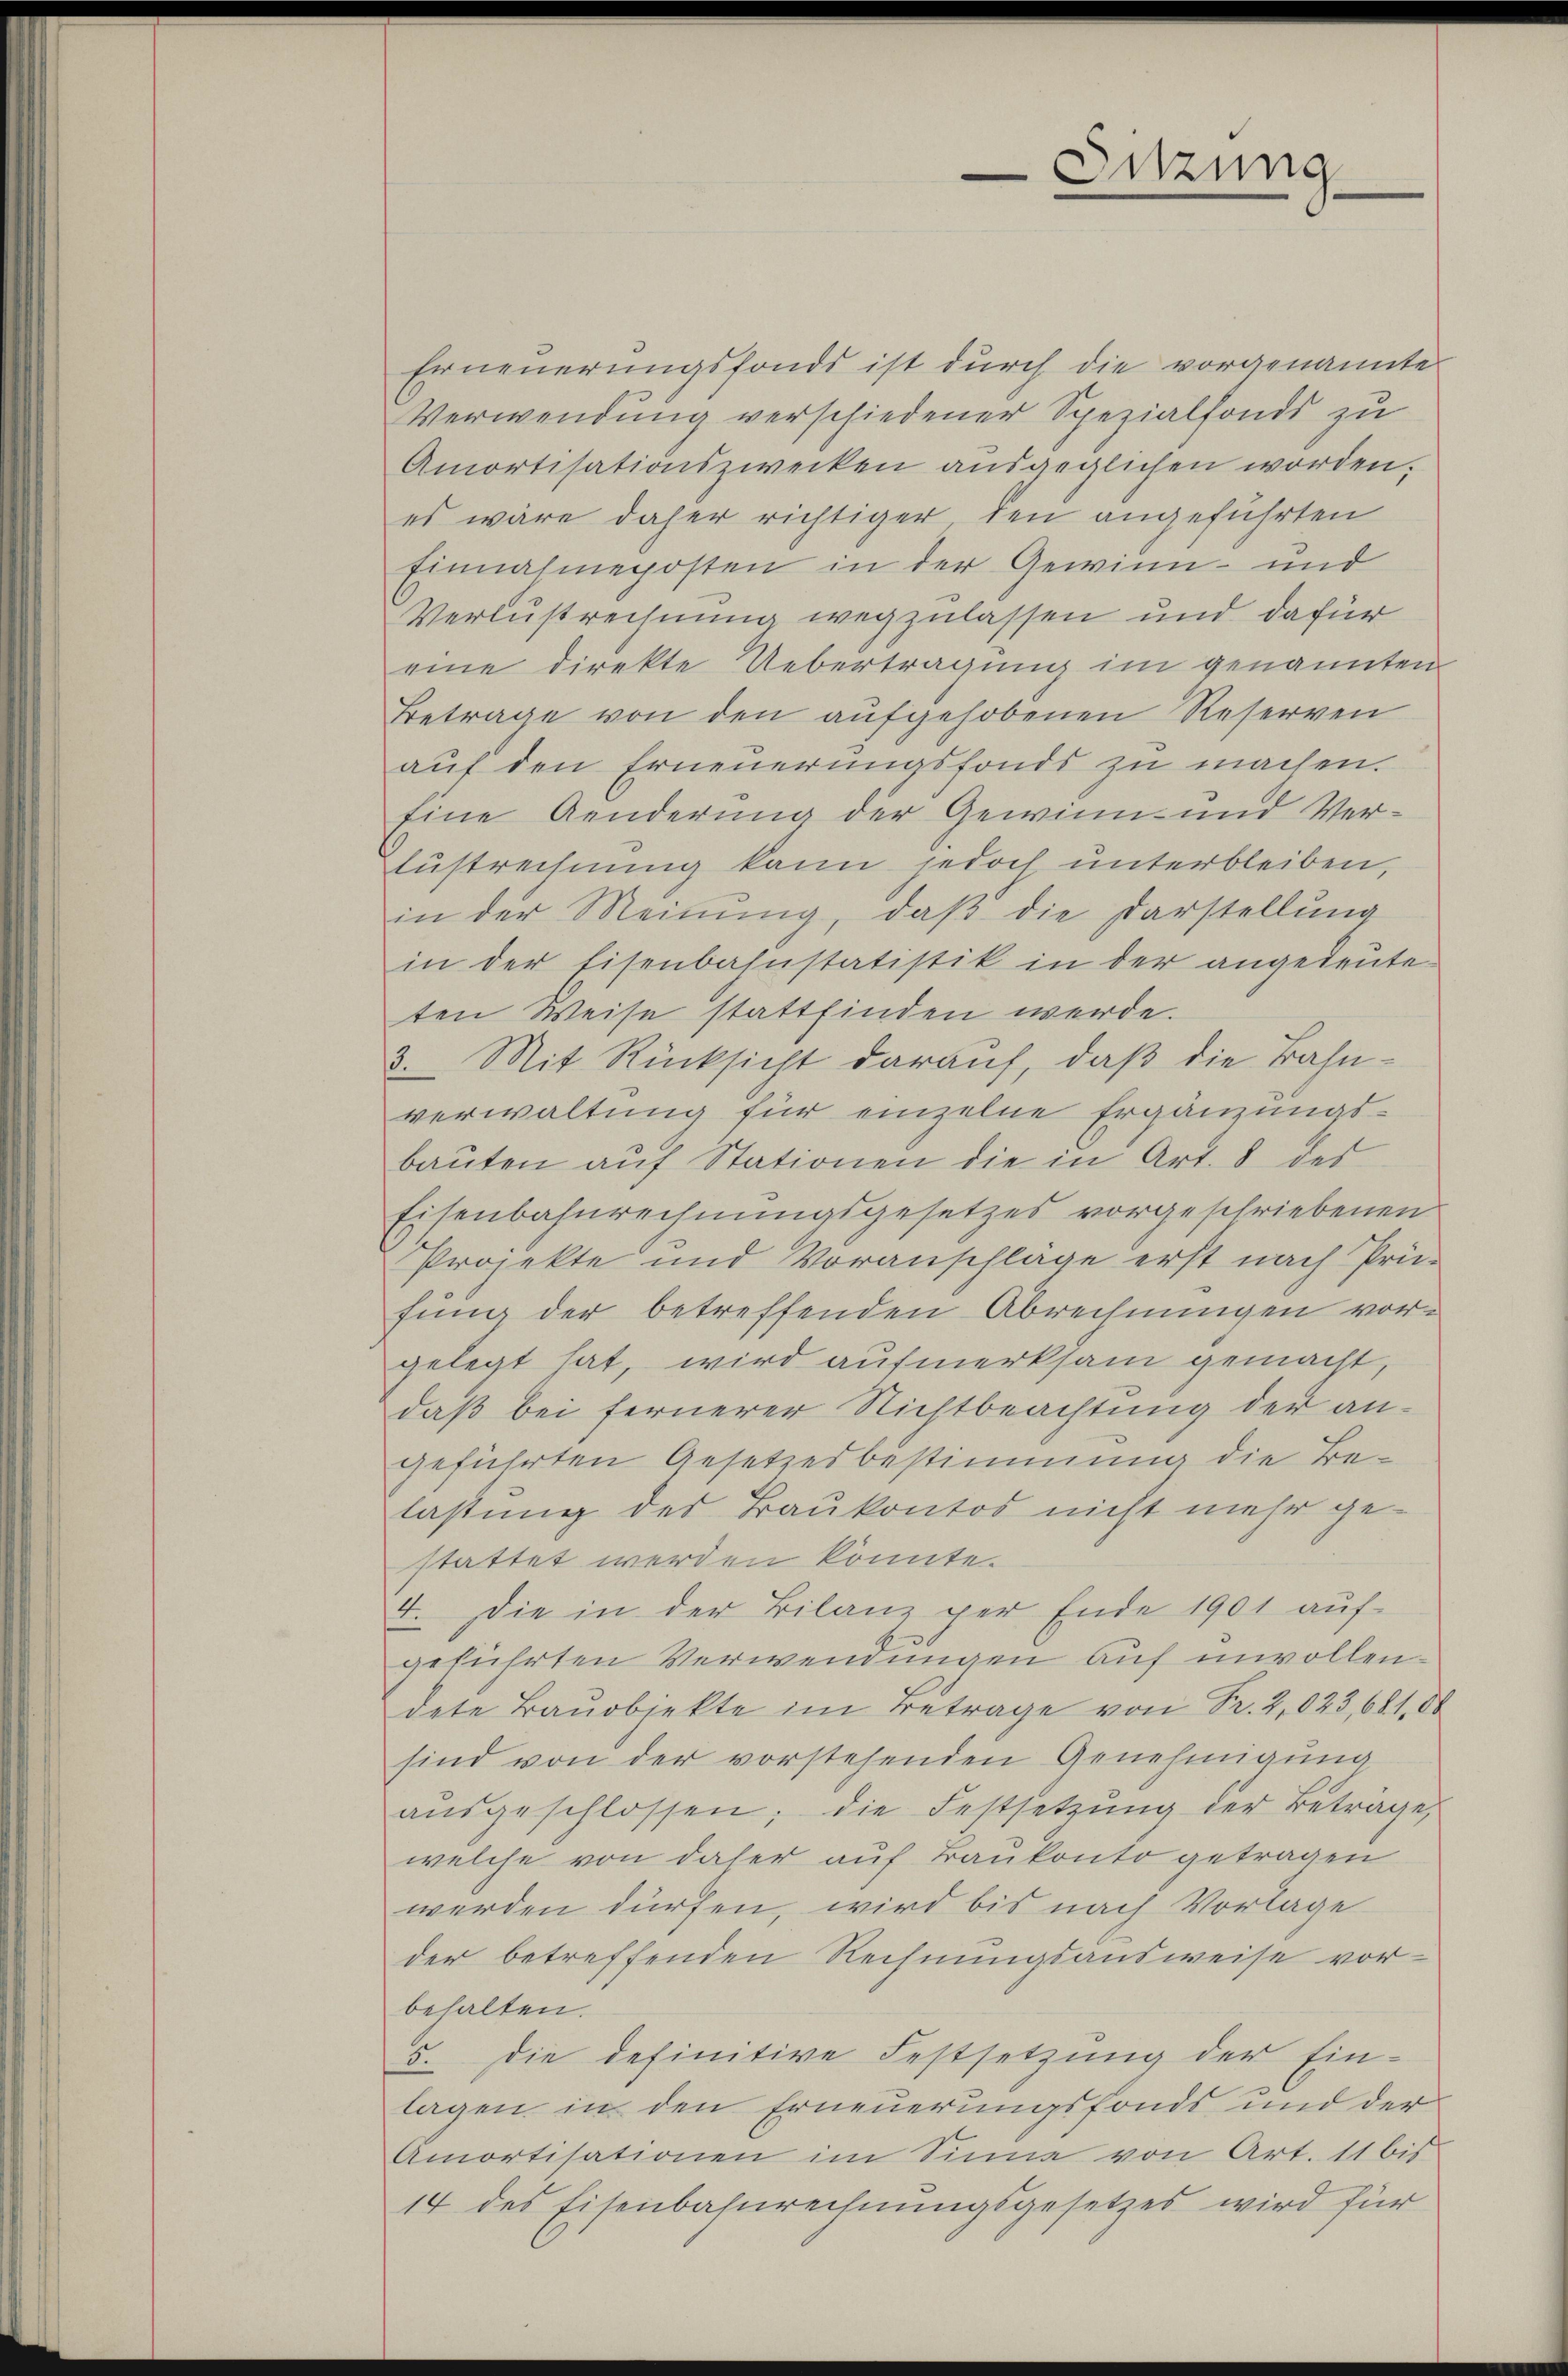
Erneuerungsfonds ist durch die vorgenannte
Verwendung verschiedener Spezialfonds zu
Amortisationszwecken ausgeglichen worden.
es wäre daher richtiger den angeführten
Einnahmeposten in der Gewinn- und
Verlustrechnung wegzulassen und dafür
eine direkte Uebertragung im genannten
Betrage von den aufgehobenen Reserven
auf den Erneuerungsfonds zu machen.
Eine Aenderung der Gewinn- und Ver¬
Eustrechnung kann jedoch unterbleiben,
in der Meinung, daß die Darstellung
in der Eisenbahnstatistik in der angedeute-
ten Weise stattfinden werde.
3. Mit Rücksicht darauf, daß die Bahnverwaltung für einzelne Ergänzungsbauten auf Stationen die in Art. 8 des
Eisenbahnrechnungsgesetzes vorgeschriebenen
Projekte und Voranschläge erst nach Prü-
fung der betreffenden Abrechnungen vorgelegt hat, wird aufmerksam gemacht,
daß bei fernerer Nichtbeachtung der angeführten Gesetzesbestimmung die Belastung des Baukontod nicht mehr gestattet werden könnte.
4. Die in der Bilanz per Ende 1901 aŭf-
geführten Verwendungen auf unvollendete Baŭobjekte im Betrage von Fr. 2,023,681, 00
sind von der vorstehenden Genehmigung
aŭsgeschlossen; die Festsetzŭng der Beträge,
welche von daher auf Baukonto getragen
werden dürfen, wird bis nach Vorlage
der betreffenden Rechnungsausweise vor-
behalten.
5. Die definitive Festsetzung der Ein-
lagen, in den Erneuerungsfonds und der
Amortisationen im Sinne von Art. 11 bis
14 des Eisenbahnrechnungsgesetzes wird für

Sitzung